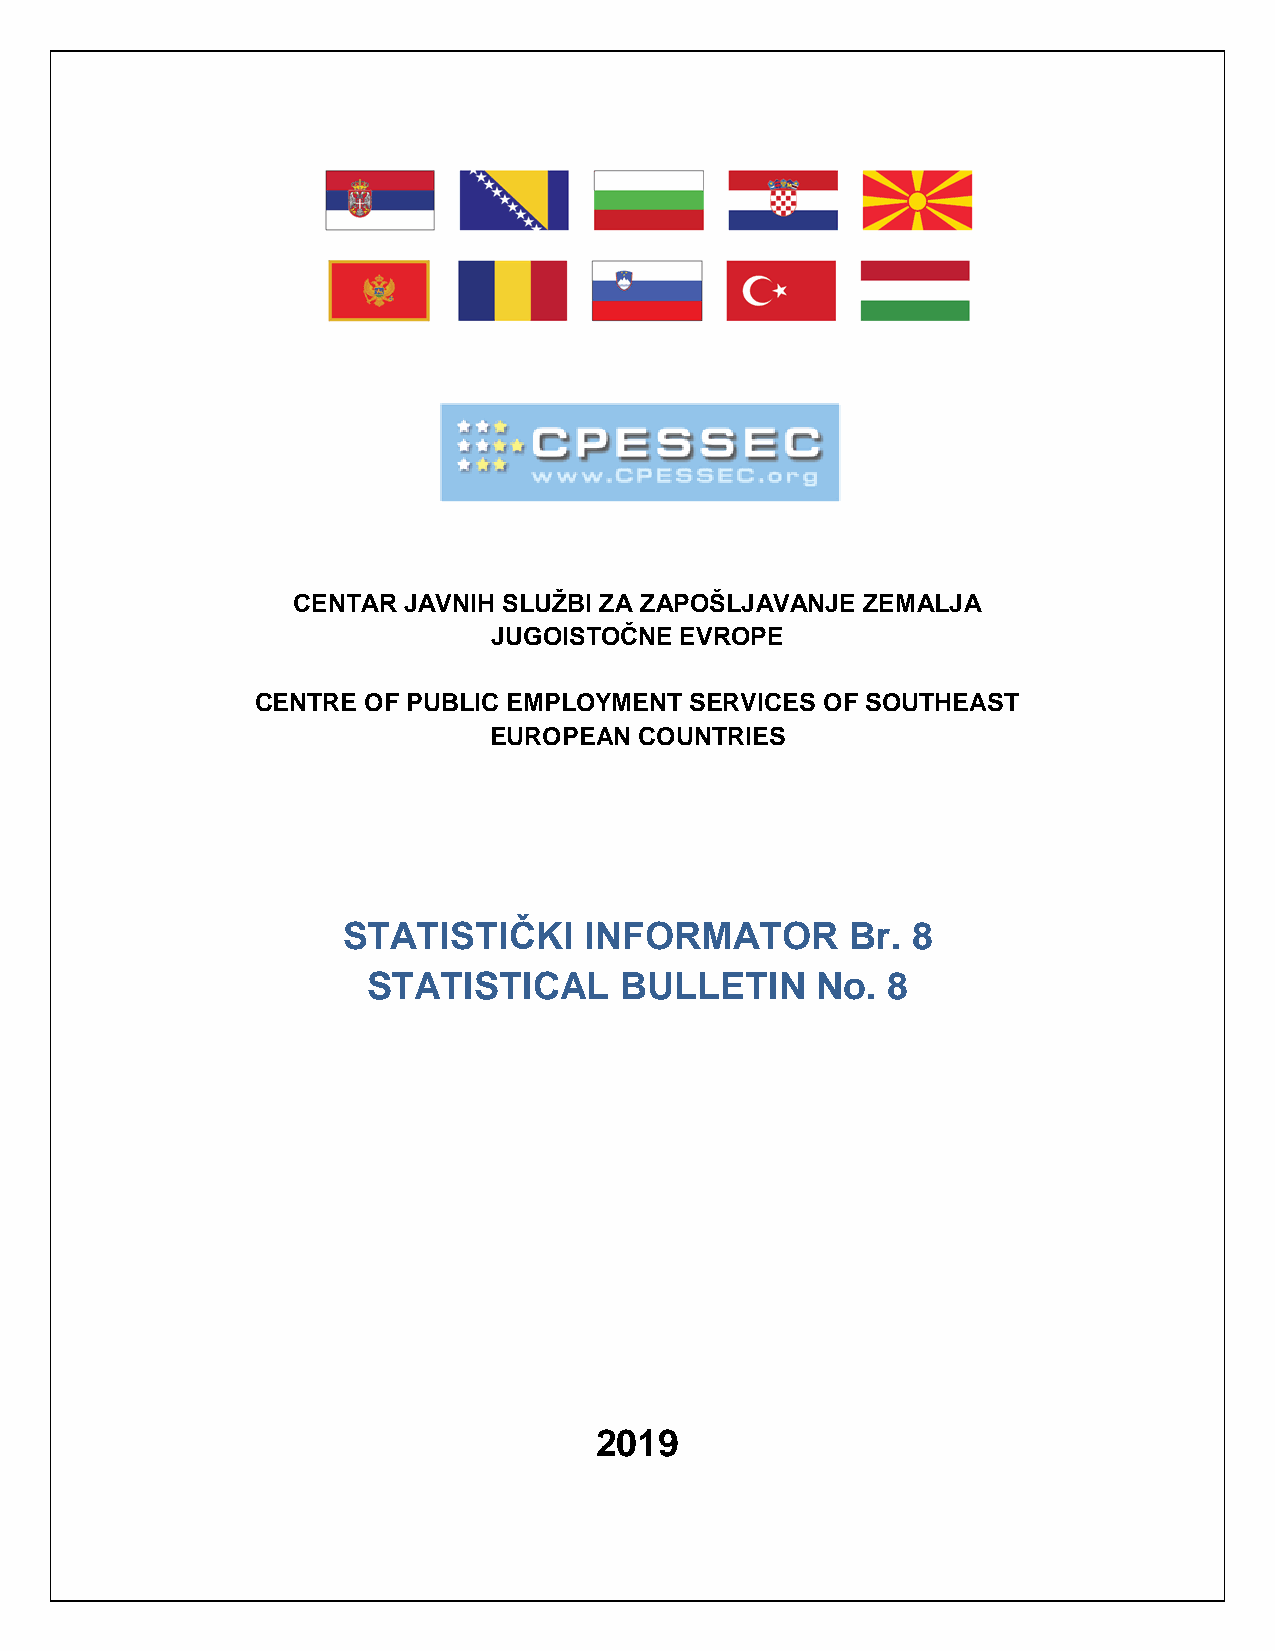
CENTAR  JAVNIH SLUŽBI ZA ZAPOŠLJAVANJE ZEMALJA
 JUGOISTOČNE EVROPE
 CENTRE OF PUBLIC EMPLOYMENT  SERVICES OF SOUTHEAST
 EUROPEAN  COUNTRIES
 STATISTIČKI     INFORMATOR       Br. 8
 STATISTICAL      BULLETIN     No.  8
 2019